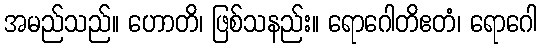
အမည်သည်။ ဟောတိ၊ ဖြစ်သနည်း။ ရောဂေါတိဧတံ၊ ရောဂေါ